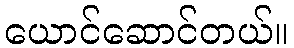
ယောင်ဆောင်တယ်။